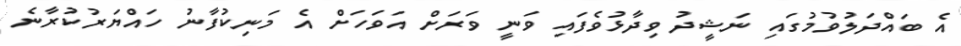
އެ ބައްދަލުވުމުގައި ނަޝީދު ވިދާޅުވެފައި ވަނީ ވަރަށް އަަވަހަށް އެ މަނިކުފާނު ހައްޔަރުކުރާނެ